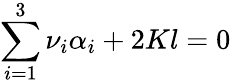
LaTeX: \sum_{i=1}^{3}\nu_{i}\alpha_{i}+2Kl=0